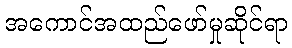
အကောင်အထည်ဖော်မှုဆိုင်ရာ